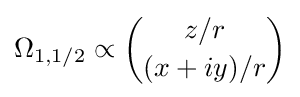
\Omega _{1,1/2}\propto {\binom {z/r}{(x+iy)/r}}